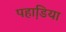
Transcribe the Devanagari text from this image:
पहाडि़या